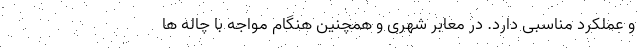
و عملکرد مناسبی دارد. در معابر شهری و همچنین هنگام مواجه با چاله ها